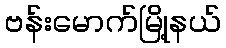
ဗန်းမောက်မြို့နယ်